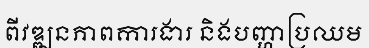
ពីវឌ្ឍនភាពការងារ និងបញ្ហាប្រឈម